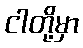
ငါတို့မှာ